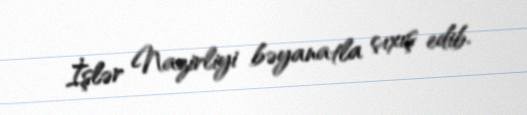
İşlər Nazirliyi bəyanatla çıxış edib.